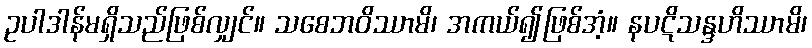
ဥပါဒါန်မရှိသည်ဖြစ်လျှင်။ သစေဘဝိဿာမိ၊ အကယ်၍ဖြစ်အံ့။ နပဋိသန္ဒဟိဿာမိ၊